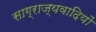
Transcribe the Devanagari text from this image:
साग्राज्यवादियों